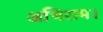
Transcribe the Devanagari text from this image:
अभिराम।